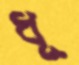
ধূ